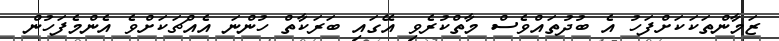
ޒަމާންތަކަކަށްފަހު އެ ބުދުތައްވެސް މާތްކުރެވި އޭގައި ބަރަކާތް ހުންނަ އެއްޗަކަށްވެ އެންމެފަހުން